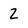
Character: 2